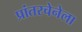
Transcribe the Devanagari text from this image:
प्रांतरचेनेला